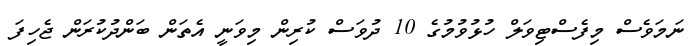
ނަމަވެސް މިފެސްޓިވަލް ހުޅުވުމުގެ 10 ދުވަސް ކުރިން މިވަނީ އެތަން ބަންދުކުރަން ޖެހިފަ